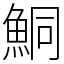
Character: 鮦